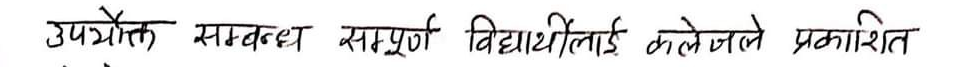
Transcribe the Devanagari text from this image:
उपयोक्त सम्बद्ध सम्पूर्ण विद्यार्थीलाई कलेजले प्रकाशित